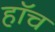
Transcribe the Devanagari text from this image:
हाॅच